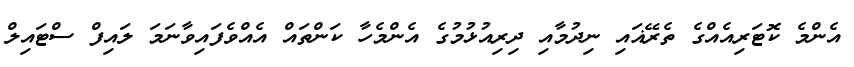
އެންމެ ކޮޓަރިއެއްގެ ތެރޭޣައި ނިދުމާއި ދިރިއުޅުމުގެ އެންމެހާ ކަންތައް އެއްވެފައިވާނަމަ ލައިފް ސްޓައިލް